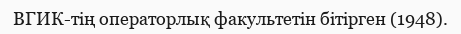
ВГИК-тің операторлық факультетін бітірген (1948).